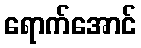
ရောက်အောင်